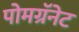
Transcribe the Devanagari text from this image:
पोमग्रॅनेट